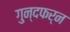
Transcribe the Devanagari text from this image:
गुन्दफर्न